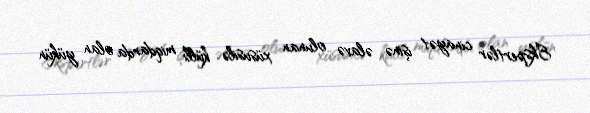
Ekspertlər cinayət işinə əlavə olunan xüsusilə külli miqdarda olan yükün